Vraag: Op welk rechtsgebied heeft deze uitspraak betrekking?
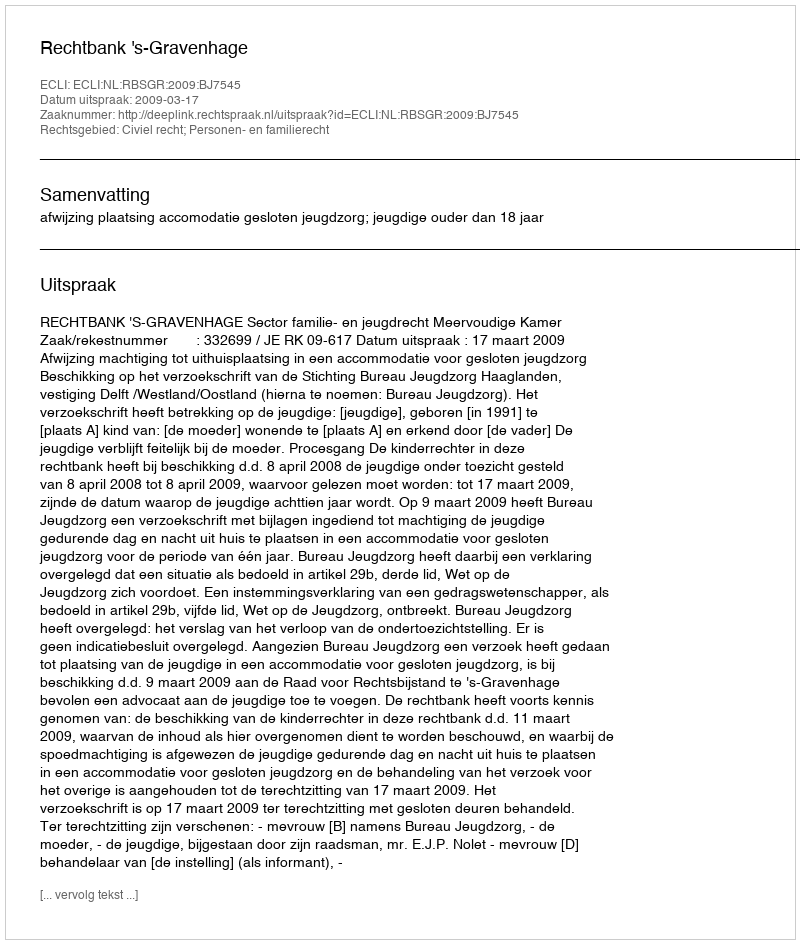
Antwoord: Civiel recht; Personen- en familierecht